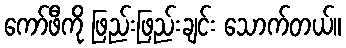
ကော်ဖီကို ဖြည်းဖြည်းချင်း သောက်တယ်။